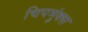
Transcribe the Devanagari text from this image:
चिपमुंक्स